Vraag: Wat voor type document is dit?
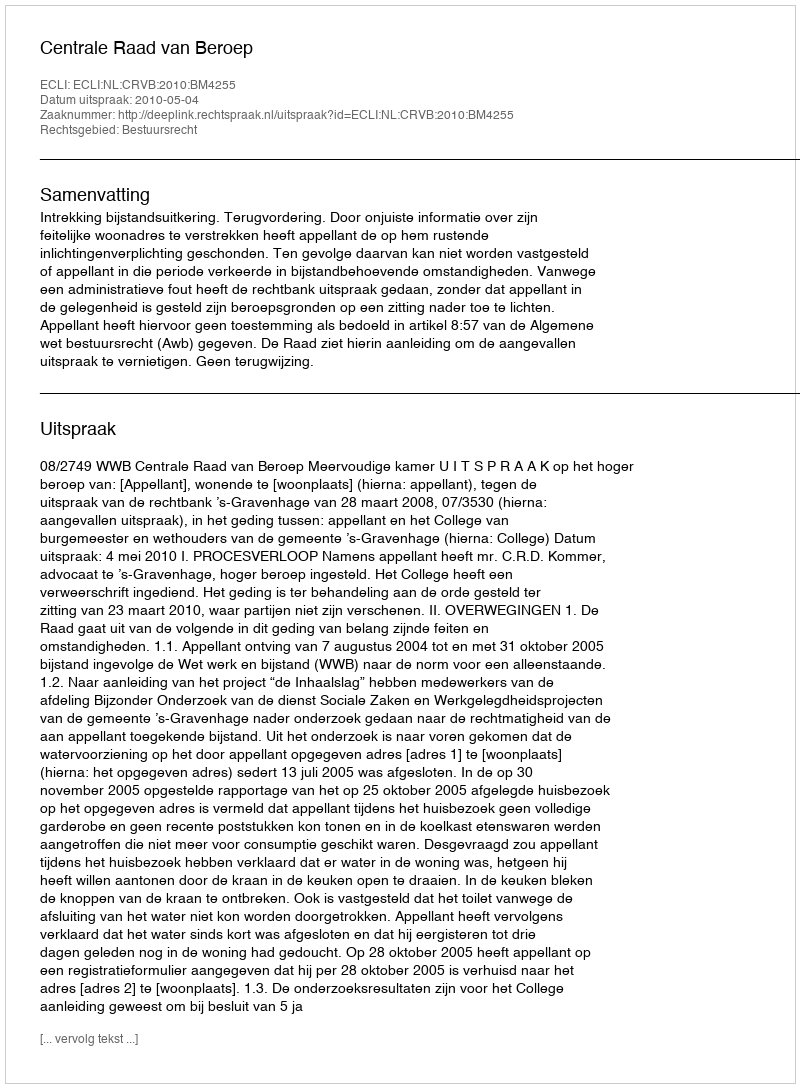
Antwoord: Uitspraak